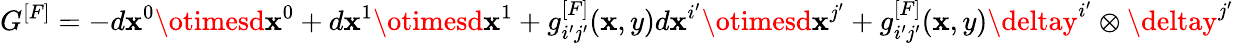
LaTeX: G^{[F]}=-d\mathbf{x}^{0}\otimesd\mathbf{x}^{0}+d\mathbf{x}^{1}\otimesd\mathbf{x}^{1}+g_{i^{\prime}j^{\prime}}^{[F]}(\mathbf{x},y)d\mathbf{x}^{i^{\prime}}\otimesd\mathbf{x}^{j^{\prime}}+g_{i^{\prime}j^{\prime}}^{[F]}(\mathbf{x},y)\deltay^{i^{\prime}}\otimes\deltay^{j^{\prime}}